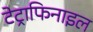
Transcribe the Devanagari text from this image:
टेट्राफिनाइल